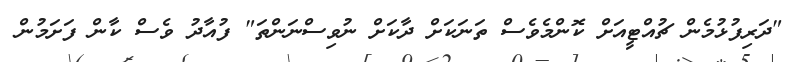
"ދަރިފުޅުމެން ޗުއްޓީއަށް ކޮންމެވެސް ތަނަކަށް ދާކަށް ނުވިސްނަންތަ" ފުއާދު ވެސް ކާން ފަށަމުން